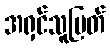
အရှင်သူမြတ်